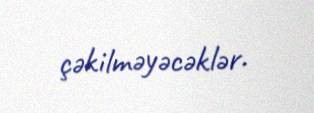
çəkilməyəcəklər.